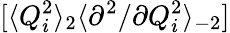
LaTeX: [\langle Q_{i}^{2}\rangle_{2}\langle{\partial^{2}}/{\partial Q_{i}^{2}}\rangle_{-2}]